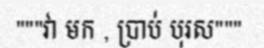
"""វា មក , ប្រាប់ បុរស"""